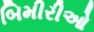
બિમીરીઓ